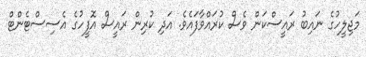
މަޖިލީހުގެ ނައިބު ރައީސްކަން ވެސް ކުރައްވާފައެވެ. އަދި ކުރިން ރައީސް އޮފީހުގެ އެސިސްޓެންޓް